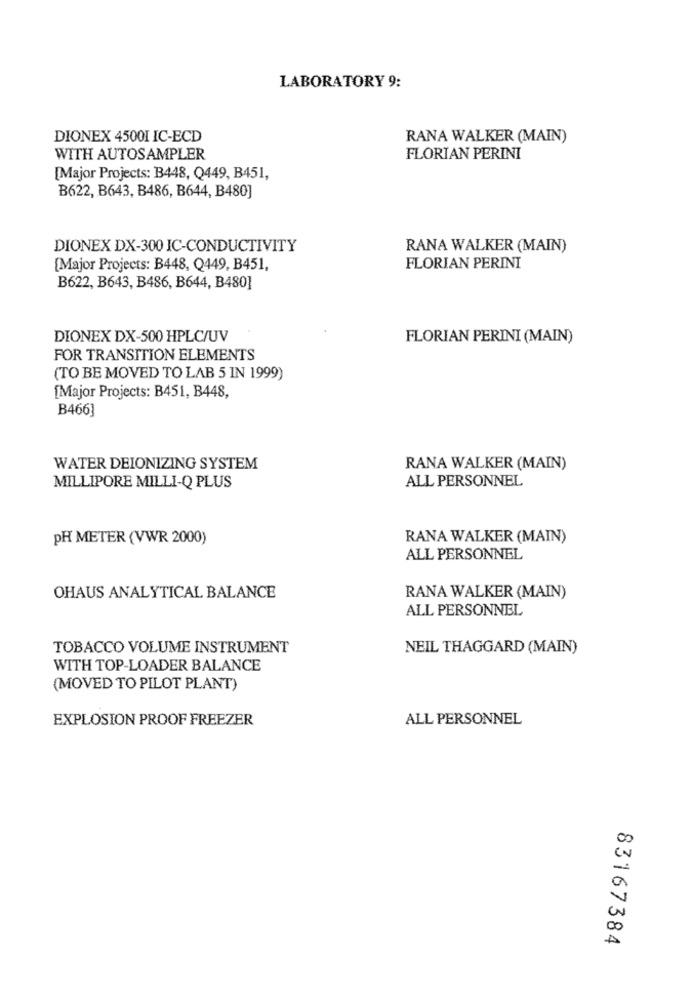
LABORATORY 9:
DIONEX 45001 IC-ECD
RANA WALKER (MAIN)
WITH AUTOSAMPLER
FLORIAN PERINI
[Major Projects: B448, Q449, B451,
B622, B643, B486, B644, B480]
DIONEX DX-300 IC-CONDUCTIVITY
RANA WALKER (MAIN)
[Major Projects: B448, Q449, B451,
FLORIAN PERINI
B622, B643, B486, B644, B480]
DIONEX DX-500 HPLC/UV
FLORIAN PERINI (MAIN)
FOR TRANSITION ELEMENTS
(TO BE MOVED TO LAB 5 IN 1999)
[Major Projects: B451, B448,
B466]
WATER DEIONIZING SYSTEM
RANA WALKER (MAIN)
ALL PERSONNEL
MILLIPORE MILLI-Q PLUS
PH METER (VWR 2000)
RANA WALKER (MAIN)
ALL PERSONNEL
OHAUS ANALYTICAL BALANCE
RANA WALKER (MAIN)
ALL PERSONNEL
TOBACCO VOLUME INSTRUMENT
NEIL THAGGARD (MAIN)
WITH TOP-LOADER BALANCE
(MOVED TO PILOT PLANT)
EXPLOSION PROOF FREEZER
ALL PERSONNEL
V
00
83167384